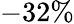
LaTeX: -32\%